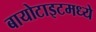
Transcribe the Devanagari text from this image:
बायोटाइटमध्ये